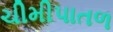
ચીમીપાતળ